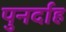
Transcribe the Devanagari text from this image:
पुनर्दाह